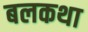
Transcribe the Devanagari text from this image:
बलकथा